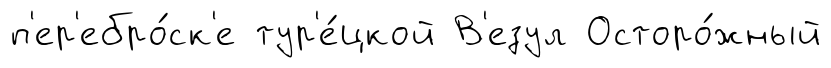
п'ер'ебро́ск'е тур'е́цкой В'езул Осторо́жный